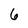
Character: 6